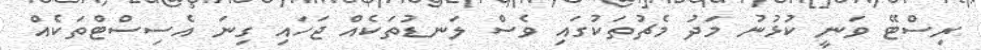
ރިސްޓޭ ވަނީ ކުޅުނު މަދު މެޗުތަކުގައި ވެސް ލަނޑުތަކެއް ޖަހައި ގިނަ އެސިސްޓްތަކެއް